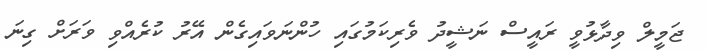
ޖަމީލް ވިދާޅުވީ ރައީސް ނަޝީދު ވެރިކަމުގައި ހުންނަވައިގެން އޭރު ކުރެއްވި ވަރަށް ގިނަ